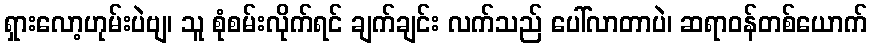
ရှားလော့ဟုမ်းပဲဗျ၊ သူ စုံစမ်းလိုက်ရင် ချက်ချင်း လက်သည် ပေါ်လာတာပဲ၊ ဆရာဝန်တစ်ယောက်